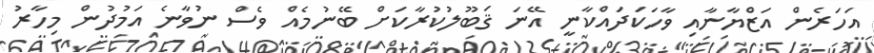
އަހަރެން އަޒްޔާނާއި ވާހަކަދައްކާނީ އޭނަ ޤަބޫލުކުރާކަށް ބޭނުމެއް ވެސް ނުވާނެ އަމުދުން މިހާރު